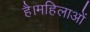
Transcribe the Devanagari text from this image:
है।महिलाओं